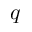
q